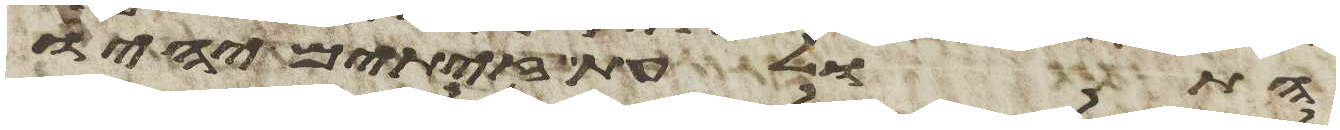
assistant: התולעת זיתים יהיו